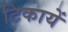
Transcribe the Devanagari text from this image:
टिकायें